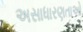
અસાધારણતાઓ